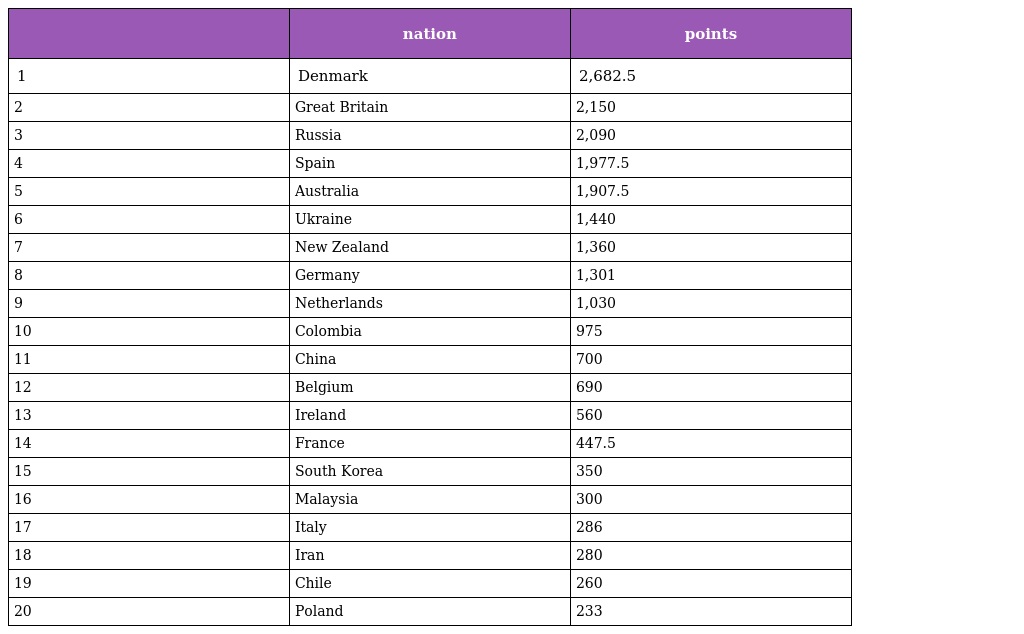
|  | nation | points |
 | --- | --- | --- |
 | 1 | Denmark | 2,682.5 |
 | 2 | Great Britain | 2,150 |
 | 3 | Russia | 2,090 |
 | 4 | Spain | 1,977.5 |
 | 5 | Australia | 1,907.5 |
 | 6 | Ukraine | 1,440 |
 | 7 | New Zealand | 1,360 |
 | 8 | Germany | 1,301 |
 | 9 | Netherlands | 1,030 |
 | 10 | Colombia | 975 |
 | 11 | China | 700 |
 | 12 | Belgium | 690 |
 | 13 | Ireland | 560 |
 | 14 | France | 447.5 |
 | 15 | South Korea | 350 |
 | 16 | Malaysia | 300 |
 | 17 | Italy | 286 |
 | 18 | Iran | 280 |
 | 19 | Chile | 260 |
 | 20 | Poland | 233 |